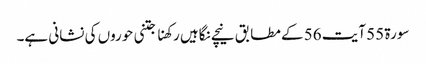
سورۃ 55 آیت 56 کے مطابق نیچے نگاہیں رکھنا جتنی حوروں کی نشانی ہے۔